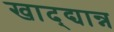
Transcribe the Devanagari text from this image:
खाद्द्यान्न